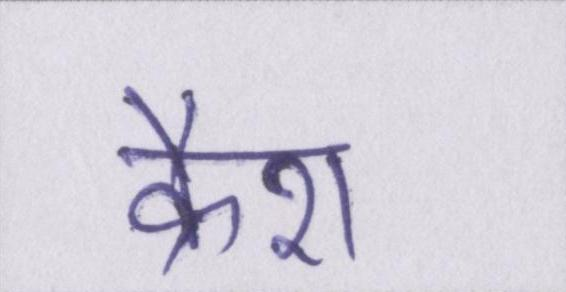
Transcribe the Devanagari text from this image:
क्रैश